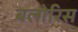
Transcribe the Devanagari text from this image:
बल्गेरिस